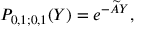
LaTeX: P _ { 0 , 1 ; 0 , 1 } ( Y ) = e ^ { - \widetilde A Y } ,